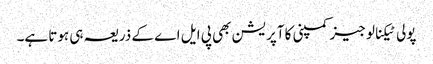
پولی ٹیکنالوجیز کمپنی کا آپریشن بھی پی ایل اے کے ذریعہ ہی ہوتا ہے۔